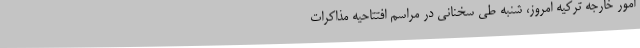
امور خارجه ترکیه امروز، شنبه طی سخنانی در مراسم افتتاحیه مذاکرات